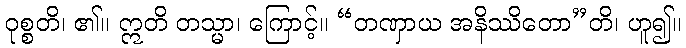
ဝုစ္စတိ၊ ၏။ ဣတိ တသ္မာ၊ ကြောင့်။ “တဏှာယ အနိဿိတော”တိ၊ ဟူ၍။